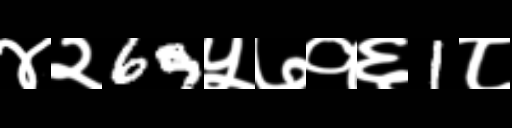
Text: ४२69५७१६1८